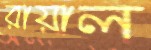
রায়াল